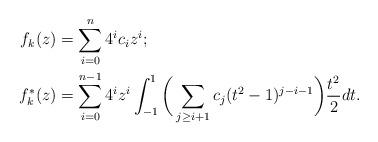
LaTeX: \begin{align*}f_k(z) &= \sum_{i=0}^n 4^i c_i z^i; \\f_k^*(z) &= \sum_{i=0}^{n-1} 4^i z^i \int_{-1}^1 \bigg(\sum_{j\geq i+1}c_j (t^2-1)^{j-i-1}\bigg)\frac{t^2}{2} dt.\end{align*}